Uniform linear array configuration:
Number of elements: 64
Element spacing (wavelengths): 0.25
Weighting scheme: blackman
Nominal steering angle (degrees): -45
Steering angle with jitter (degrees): -46.405
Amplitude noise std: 0.05
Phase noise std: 0.05

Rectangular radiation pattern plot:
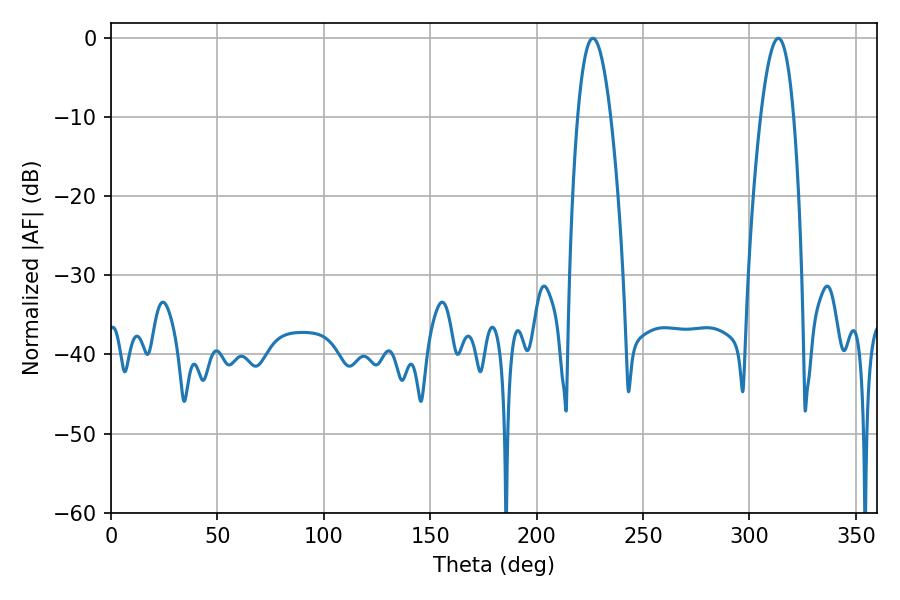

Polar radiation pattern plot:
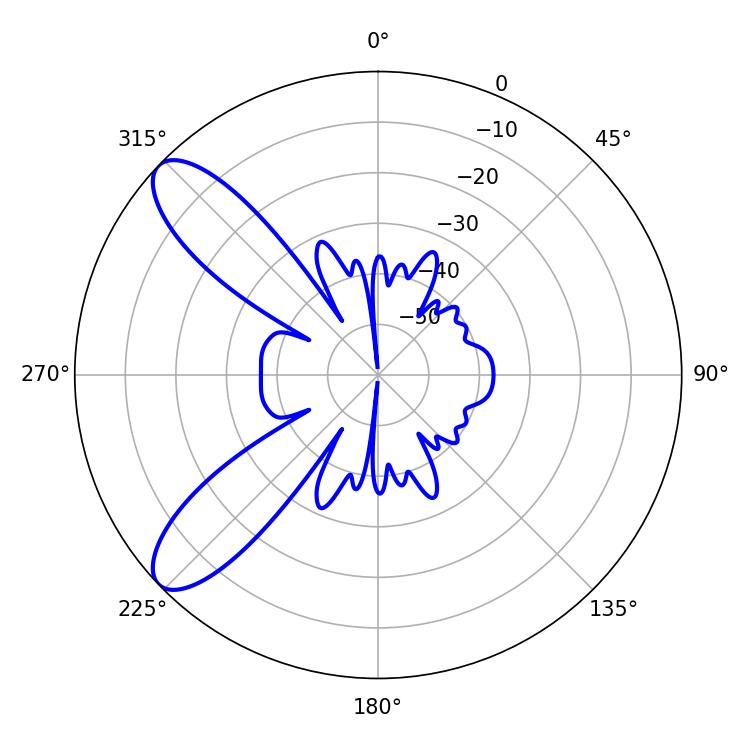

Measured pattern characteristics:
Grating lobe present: FALSE
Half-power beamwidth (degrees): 8.64
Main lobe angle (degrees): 226.44